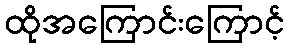
ထိုအကြောင်းကြောင့်